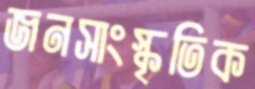
জনসাংস্কৃতিক